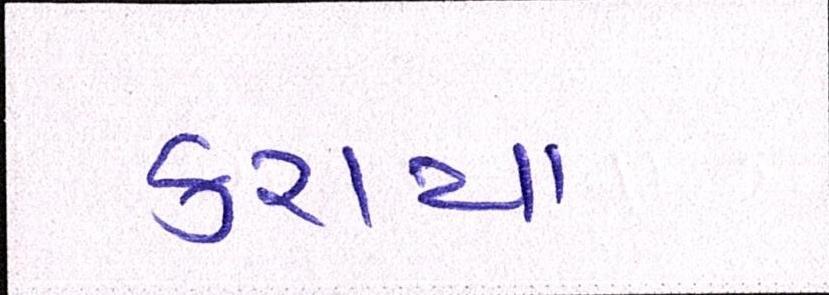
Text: કરાયા